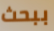
ببحث